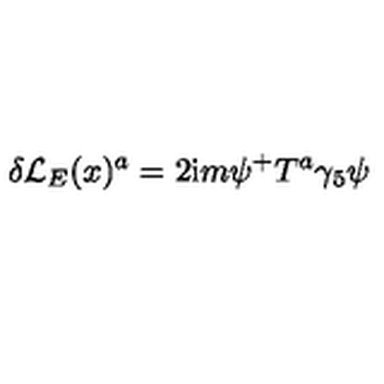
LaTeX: \delta { \cal L } _ { E } ( x ) ^ { a } = 2 \mathrm { i } m \psi ^ { + } T ^ { a } \gamma _ { 5 } \psi